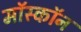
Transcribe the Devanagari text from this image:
मॉस्कॉन